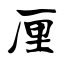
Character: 厘